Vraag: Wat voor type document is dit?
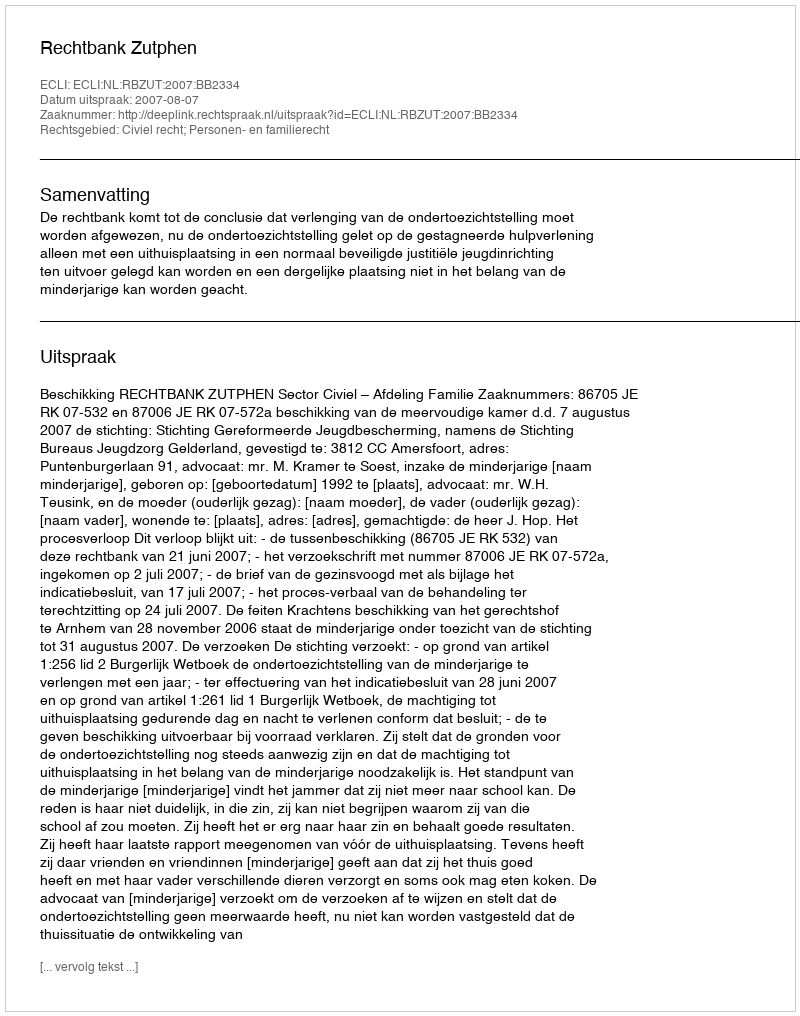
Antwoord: Uitspraak